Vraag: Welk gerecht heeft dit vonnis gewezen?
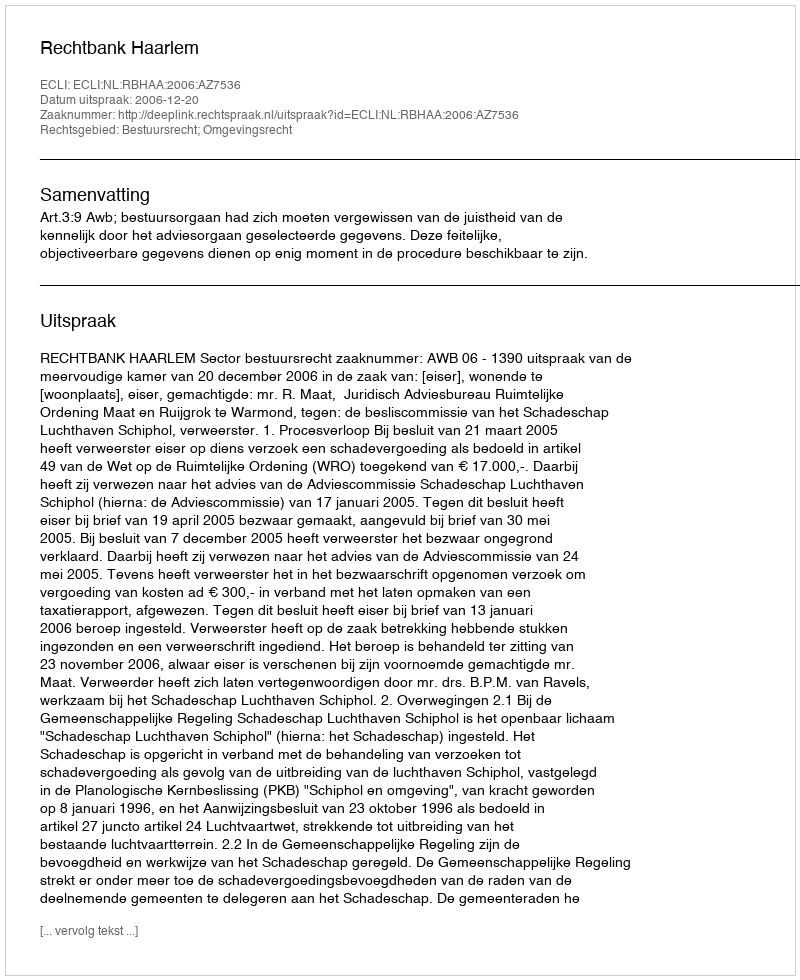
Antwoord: Rechtbank Haarlem